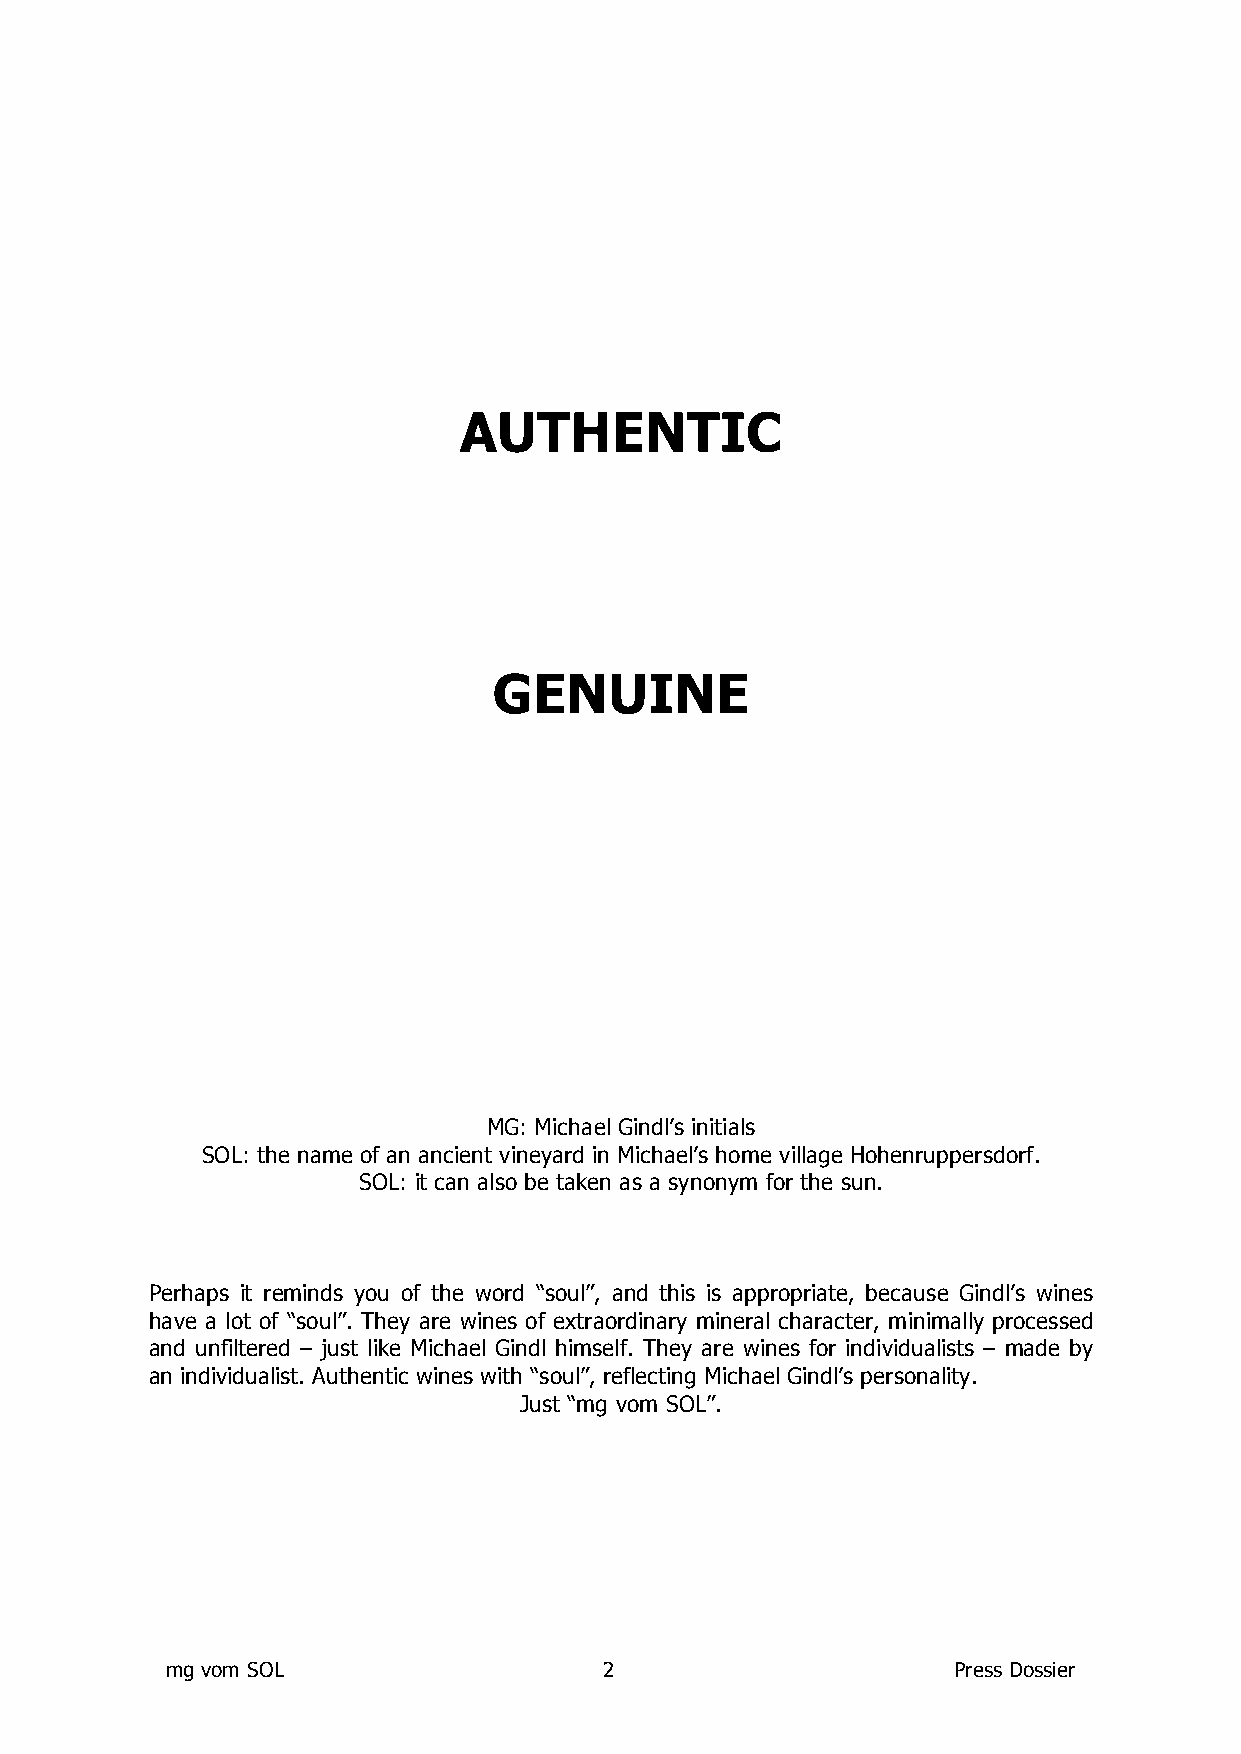
AUTHENTIC
 GENUINE
 MG: Michael Gindl’s initials
 SOL: the name of an ancient vineyard in Michael’s home village Hohenruppersdorf.
 SOL: it can also be taken as a synonym for the sun.
 Perhaps it reminds you of the word “soul”, and this is appropriate, because Gindl’s wines
 have a lot of “soul”. They are wines of extraordinary mineral character, minimally processed
 and unfiltered – just like Michael Gindl himself. They are wines for individualists – made by
 an individualist. Authentic wines with “soul”, reflecting Michael Gindl’s personality.
 Just “mg vom SOL”.
 mg vom SOL                   2                      Press Dossier